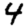
Digit: 4